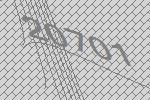
20701